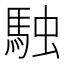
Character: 𮩿